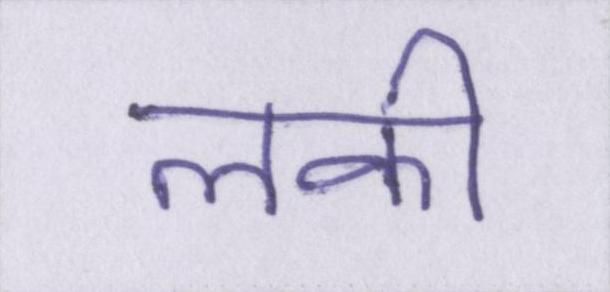
लकी